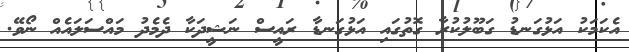
އެކަމަކު އަޅުގަނޑު ގަބޫލުކުރާ ގޮތުގައި އަޅުގަނޑާ ރައީސް ނަޝީދަކާ ދެމެެދު މައްސަލައެއް ނޯވޭ.